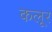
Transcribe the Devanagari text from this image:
कलूर